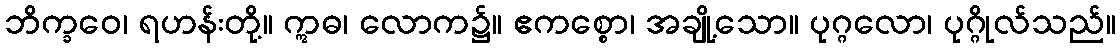
ဘိက္ခဝေ၊ ရဟန်းတို့။ ဣဓ၊ လောက၌။ ဧကစ္စော၊ အချို့သော။ ပုဂ္ဂလော၊ ပုဂ္ဂိုလ်သည်။